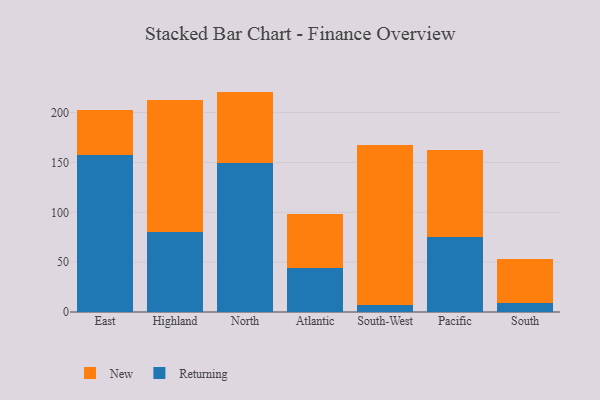
{"axis": {"x": "Region", "y": "Gross Profit (USD K)"}, "legend": ["New", "Returning"], "data": [{"x": "East", "y": 157.8, "type": "Returning"}, {"x": "East", "y": 45.3, "type": "New"}, {"x": "Highland", "y": 80.5, "type": "Returning"}, {"x": "Highland", "y": 132.3, "type": "New"}, {"x": "North", "y": 149.5, "type": "Returning"}, {"x": "North", "y": 71.6, "type": "New"}, {"x": "Atlantic", "y": 44.6, "type": "Returning"}, {"x": "Atlantic", "y": 53.6, "type": "New"}, {"x": "South-West", "y": 7.3, "type": "Returning"}, {"x": "South-West", "y": 160.0, "type": "New"}, {"x": "Pacific", "y": 74.9, "type": "Returning"}, {"x": "Pacific", "y": 87.3, "type": "New"}, {"x": "South", "y": 8.8, "type": "Returning"}, {"x": "South", "y": 44.1, "type": "New"}]}